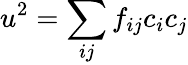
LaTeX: u^{2}=\sum_{ij}f_{ij}c_{i}c_{j}